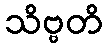
သိဗ္ဗတိ